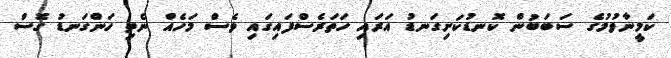
ކަމީނާވުމުގެ ސަބަބުން ކޮނޑުކަށިގަނޑު އަރައި ހަތަރެސްފައިގައި ވެސް މަހެއް ނެތި ހަންގަނޑު ގޮސް